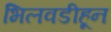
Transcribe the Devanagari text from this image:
भिलवडीहून